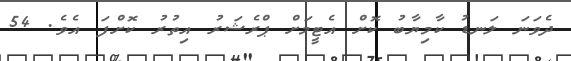
ދެވަނަ ލަނޑު ކާމިޔާބު ކޮށް އެޓީމަށް ޕްރެޝަރު އިތުރު ކޮށްފަ އެވެ. 54